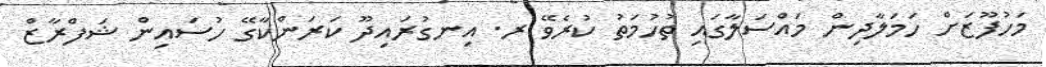
މަހުފޫޒަށް ހަމަލާދިން މައްސަލާގައި ތުހުމަތު ކުރެވޭ ރ. އިނގުރައިދޫ ކަރަންކާގޭ ހުސައިން ޝަފްރާޒް